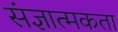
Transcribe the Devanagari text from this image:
संज्ञात्मकता